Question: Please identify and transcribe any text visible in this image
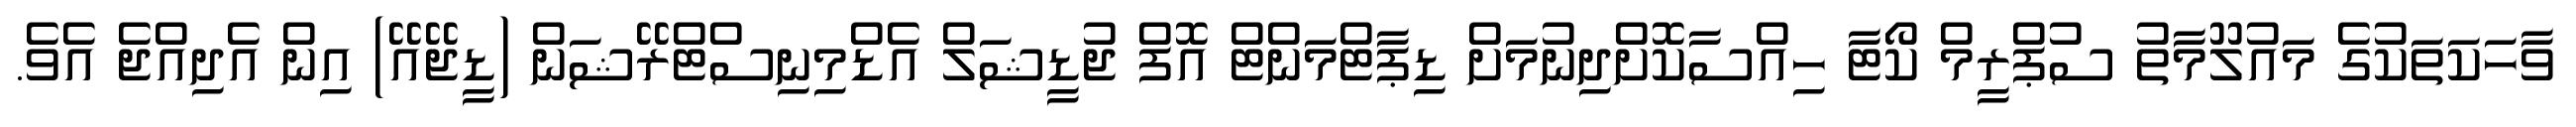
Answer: ވާހަކަތަކުގެ މައުލޫމާތު ސުޕްރީމް ކޯޓާ ހިއްސާކޮށްދިނުމަށް ޑިޕާޓްމަންޓް އޮފް ޖުޑީޝަލް އެޑްމިނިސްޓްރޭޝަން (ޑީޖޭއޭ) އިން އެދިއްޖެ އެވެ.